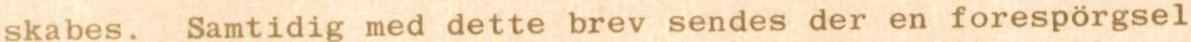
skabes. Samtidig med dette brev sendes der en forespörgsel